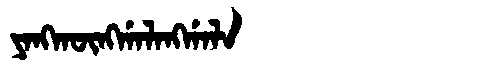
Manchu: ᠶᠠᠩᡴᡡᠩᡤᠠᠯᠠᠩᡤᠠᠯᠠ
Romanization: YANGKŪNGGALANGGALA